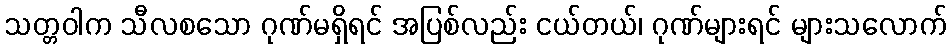
သတ္တဝါက သီလစသော ဂုဏ်မရှိရင် အပြစ်လည်း ငယ်တယ်၊ ဂုဏ်များရင် များသလောက်